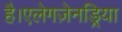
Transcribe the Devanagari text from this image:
है।एलेगज़ेनड्रिया